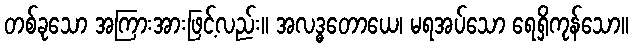
တစ်ခုသော အကြားအားဖြင့်လည်း။ အလဒ္ဓတောယေ၊ မရအပ်သော ရေရှိကုန်သော။